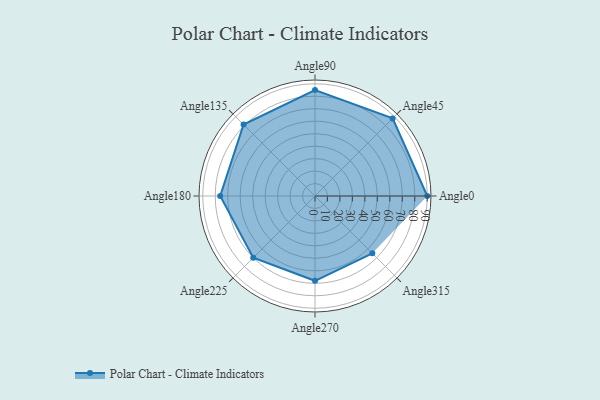
{"axis": {"x": "Angle", "y": "Radius"}, "legend": [""], "data": [{"x": "Angle0", "y": 90.0, "type": ""}, {"x": "Angle45", "y": 88.0, "type": ""}, {"x": "Angle90", "y": 85.0, "type": ""}, {"x": "Angle135", "y": 81.0, "type": ""}, {"x": "Angle180", "y": 76.0, "type": ""}, {"x": "Angle225", "y": 70.0, "type": ""}, {"x": "Angle270", "y": 68.0, "type": ""}, {"x": "Angle315", "y": 65.0, "type": ""}]}